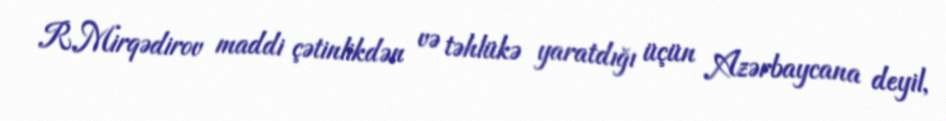
R.Mirqədirov maddi çətinlikdən və təhlükə yaratdığı üçün Azərbaycana deyil,